Vaccine operations Central Provinces 1886-1899 - 1886-1899
Year: 1886
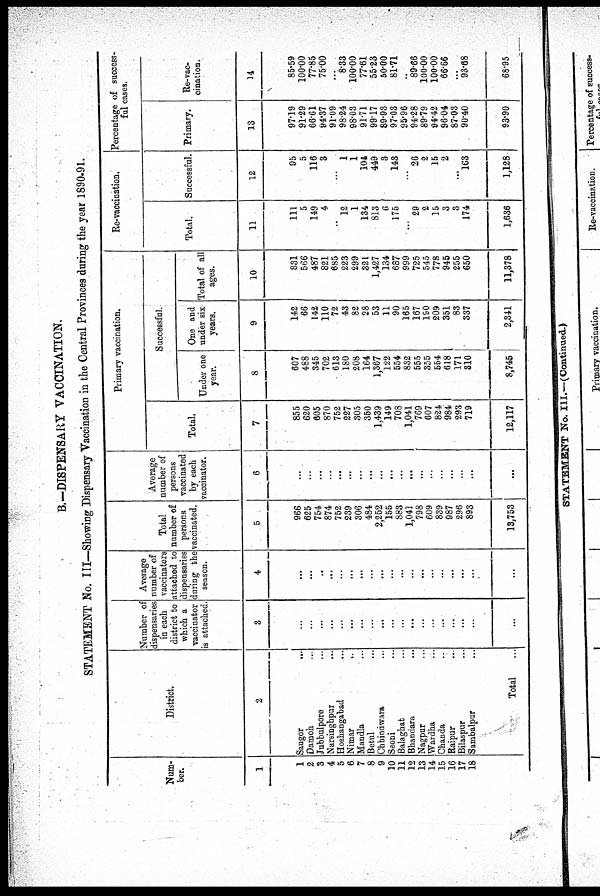
B.—DISPENSARY VACCINATION.
STATEMENT No. III—Showing Dispensary Vaccination in the Central Provinces during the year 1890-91.
Num-
ber.
1
1
2
3
4
5
6
7
8
9
10
11
12
13
14
15
16
17
18
District.
2
Saugor...
Damoh...
Jubbulpore...
Narsinghpur...
Hoshangabad...
Nimar...
Mandla...
Betul...
Chhindwara...
Seoni...
Balaghat...
Bhandara...
Nagpur...
Wardha...
Chanda...
Raipur...
Bilaspur...
Sambalpur...
Total
Number of
dispensaries
in each
district to
which a
vaccinator
is attached.
3
...
...
...
...
...
...
...
...
...
...
...
...
...
...
...
...
...
...
...
Average
number of
vaccinators
attached to
dispensaries
during the
season.
4
..
...
...
...
...
...
...
...
...
...
...
...
...
...
...
...
...
...
...
Total
number of
persons
vaccinated.
5
966
625
754
874
752
239
306
484
2,252
155
883
1,041
798
609
839
987
296
893
13,753
Average
number of
persons
vaccinated
by each
vaccinator.
6
...
...
...
...
...
...
...
...
...
...
...
...
...
...
...
...
...
...
...
Primary vaccination.
Total.
7
855
620
605
870
752
227
305
350
1,439
149
708
1,041
769
607
824
984
293
719
12,117
Successful.
Under one
year.
8
607
488
345
702
613
180
208
164
1,367
122
554
832
555
355
554
618
171
310
8,745
One and
under six
years.
9
142
66
142
110
72
43
82
28
53
11
90
165
167
190
209
351
83
337
2,341
Total of all
ages.
10
831
566
487
821
685
223
299
321
1,427
134
687
999
725
545
778
945
255
650
11,378
Re-vaccination.
Total.
11
111
5
149
4
..
12
1
134
813
6
175
...
29
2
15
3
3
174
1,636
Successful.
12
95
5
116
3
...
1
1
104
449
3
143
...
26
2
15
2
...
163
1,128
Percentage of success-
ful cases.
Primary.
13
97.19
91.29
66.61
94.37
91.09
98.24
98.03
91.71
99.17
89.93
97.03
95.96
94.28
89.79
94.42
96.04
87.03
90.40
93.90
Re-vac-
cination.
14
85.59
100.00
77.85
75.00
....
8.33
100.00
77.61
55.23
50.00
81.71
...
89.66
100.00
100.00
66.66
...
93.68
68.95